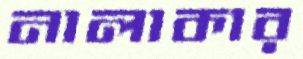
নালাকার